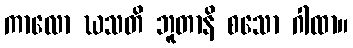
ကာလော ဃသတိ ဘူတာနိ စသော ဂါထာ။